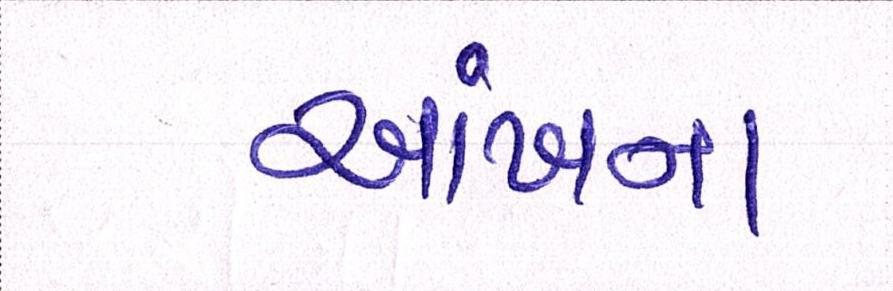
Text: આંખના